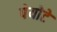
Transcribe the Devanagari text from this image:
पेयोटे